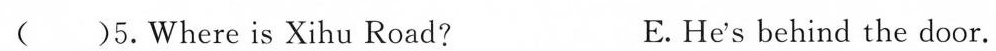
( )5.Where is Xihu Road? E.He's behind the door.